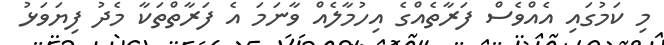
މި ކަމުގައި އެއްވެސް ފަރާތެއްގެ އިހުމާލެއް ވާނަމަ އެ ފަރާތްތަކާ މެދު ފިޔަވަޅު